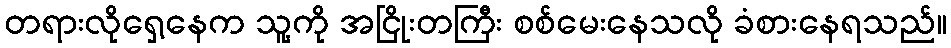
တရားလိုရှေ့နေက သူ့ကို အငြိုးတကြီး စစ်မေးနေသလို ခံစားနေရသည်။